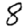
Digit: 8